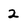
Character: 2